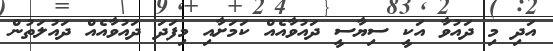
އަދި މި ދައުވާ އަކީ ސިޔާސީ ދައުވާއެއް ކަމަށާއި މިފަދަ ދައުވާއެއް ދައުލަތުން